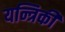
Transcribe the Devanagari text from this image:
यन्त्रिकी